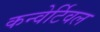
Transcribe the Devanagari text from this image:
कन्वेर्टिवल